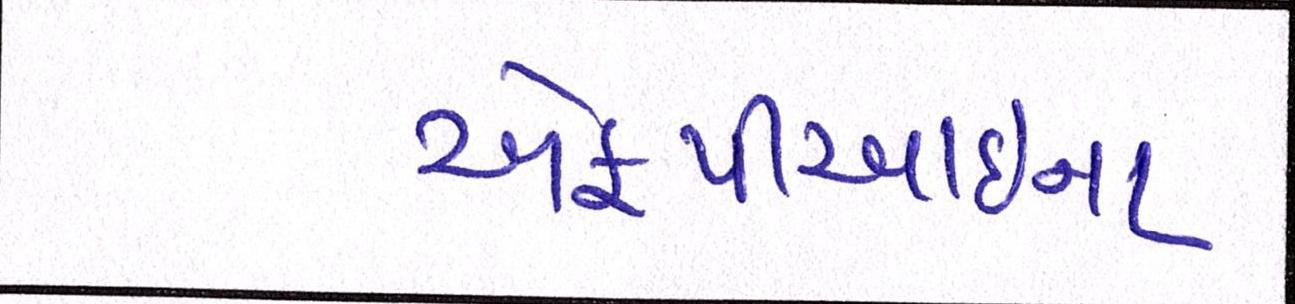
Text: એફપીઆઇના